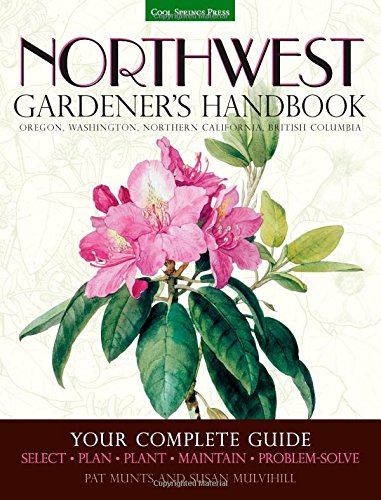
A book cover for Northwest Gardener's Handbook: Your Complete Guide: Select, Plan, Plant, Maintain, Problem-Solve - Oregon, Washington, Northern California, British Columbia; Pat Munts; Crafts, Hobbies & Home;